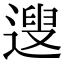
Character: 遚